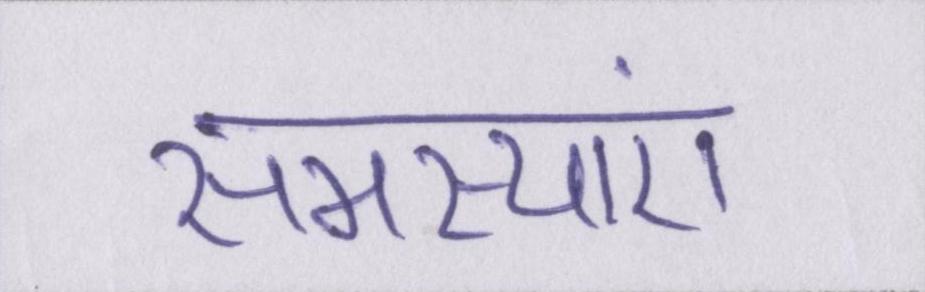
समस्याएं